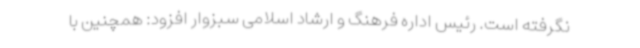
نگرفته است. رئیس اداره فرهنگ و ارشاد اسلامی سبزوار افزود: همچنین با